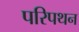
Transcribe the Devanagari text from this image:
परिपथन